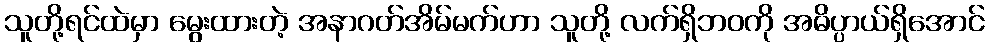
သူတို့ရင်ထဲမှာ မွေးထားတဲ့ အနာဂတ်အိမ်မက်ဟာ သူတို့ လက်ရှိဘဝကို အဓိပ္ပာယ်ရှိအောင်